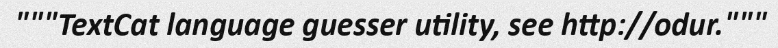
"""TextCat language guesser utility, see http://odur."""